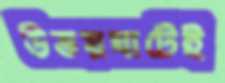
উভয়ঘাটেই